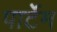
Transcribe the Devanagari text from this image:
पार्टेम